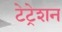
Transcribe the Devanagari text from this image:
टेट्रेशन